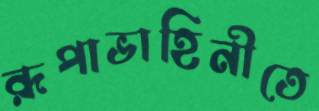
রূপাভাহিনীতে